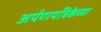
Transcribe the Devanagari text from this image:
अर्पणपत्रिकेच्या